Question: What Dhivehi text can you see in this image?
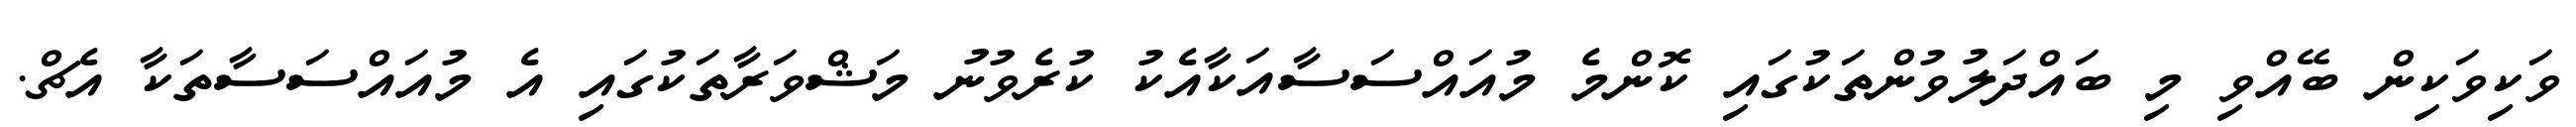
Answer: ވަކިވަކިން ބޭއްވި މި ބައްދަލުވުންތަކުގައި ކޮންމެ މުއައްސަސާއަކާއެކު ކުރެވުނު މަޝްވަރާތަކުގައި އެ މުއައްސަސާތަކާ އެޗް.